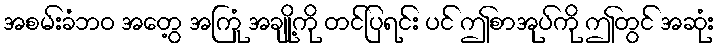
အစမ်းခံဘဝ အတွေ့ အကြုံ အချို့ကို တင်ပြရင်း ပင် ဤစာအုပ်ကို ဤတွင် အဆုံး